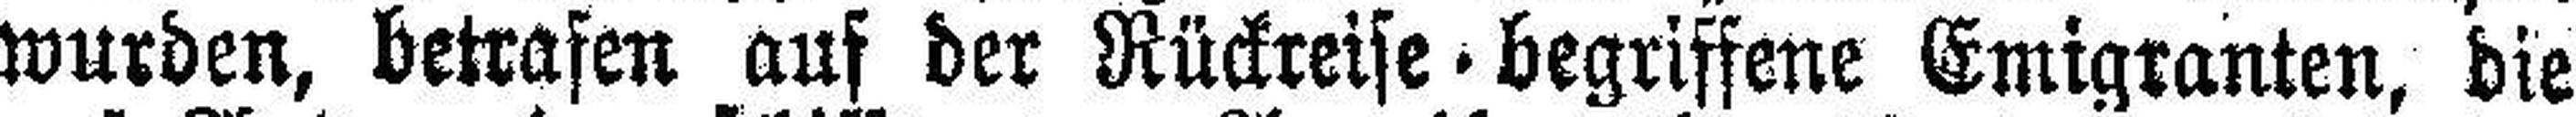
wurden, betrafen auf der Rückreise begriffene Emigranten, die